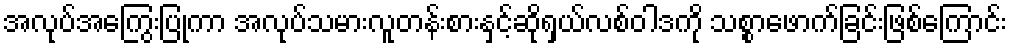
အလုပ်အကြွေးပြုကာ အလုပ်သမားလူတန်းစားနှင့်ဆိုရှယ်လစ်ဝါဒကို သစ္စာဖောက်ခြင်းဖြစ်ကြောင်း